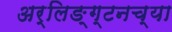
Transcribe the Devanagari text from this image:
अर्लिङ्ग्टनच्या